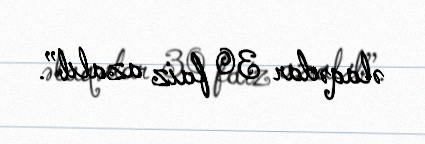
əlaqədar 30 faiz azalıb”.